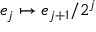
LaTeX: e _ { j } \mapsto e _ { j + 1 } / 2 ^ { j }